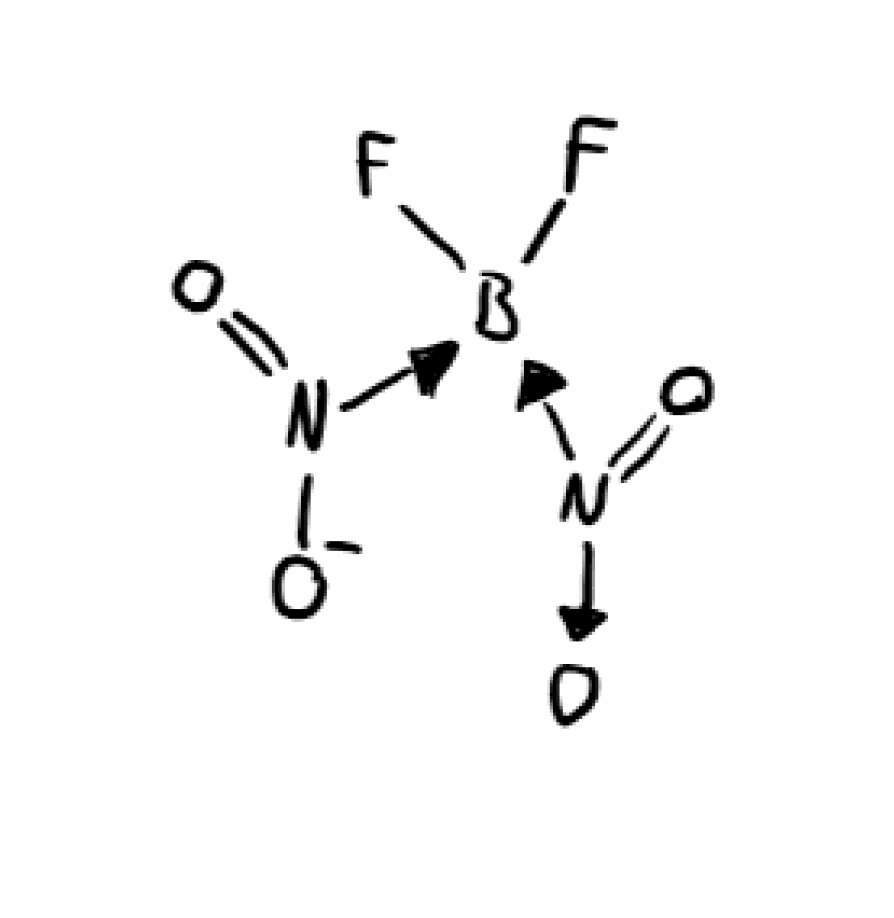
Simplified molecular-input line-entry system (SMILES) notation of the given molecule:
[B-]([N+](=O)[O-])([N+](=O)[O-])(F)F